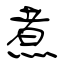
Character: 煮